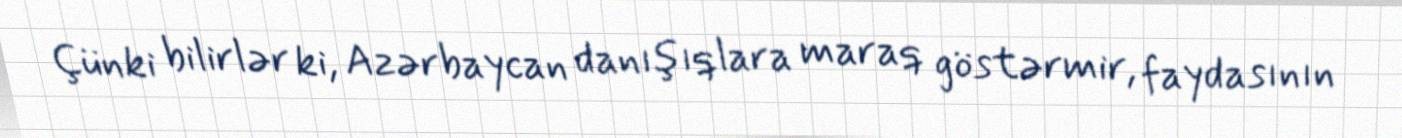
Çünki bilirlər ki, Azərbaycan danışıqlara maraq göstərmir, faydasının